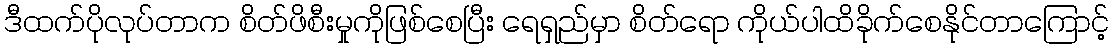
ဒီထက်ပိုလုပ်တာက စိတ်ဖိစီးမှုကိုဖြစ်စေပြီး ရေရှည်မှာ စိတ်ရော ကိုယ်ပါထိခိုက်စေနိုင်တာကြောင့်